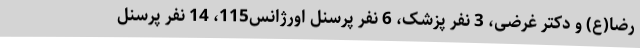
رضا(ع) و دکتر غرضی، 3 نفر پزشک، 6 نفر پرسنل اورژانس115، 14 نفر پرسنل